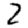
Digit: 2